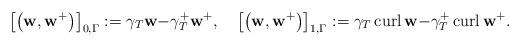
LaTeX: \begin{align*}\left[ \left( \mathbf{w},\mathbf{w}^{+}\right) \right] _{0,\Gamma}:=\gamma_{T}\mathbf{w-}\gamma_{T}^{+}\mathbf{w}^{+}\mathbf{,\quad}\left[\left( \mathbf{w},\mathbf{w}^{+}\right) \right] _{1,\Gamma}:=\gamma_{T}\operatorname{curl}\mathbf{w-}\gamma_{T}^{+}\operatorname{curl}\mathbf{w}^{+}. \end{align*}